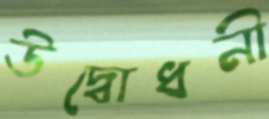
উদ্বোধনী